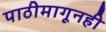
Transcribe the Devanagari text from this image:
पाठीमागूनही